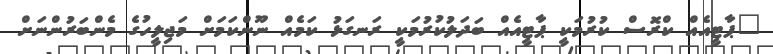
"ޕާޓީއެއް ކްރޮސް ކުރުމަކީ ޕާޓީއެއް ބަދަލުކުރުމަކީ ރަނގަޅު ކަމެއް ނޫންކަމަށް މަޖިލީހުގެ މެންބަރުންނަށް